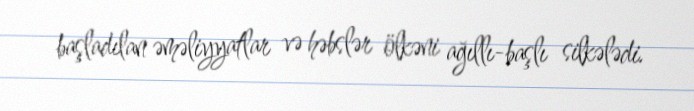
başladılan əməliyyatlar və həbslər ölkəni ağıllı-başlı silkələdi.